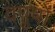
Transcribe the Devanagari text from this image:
वपुषों